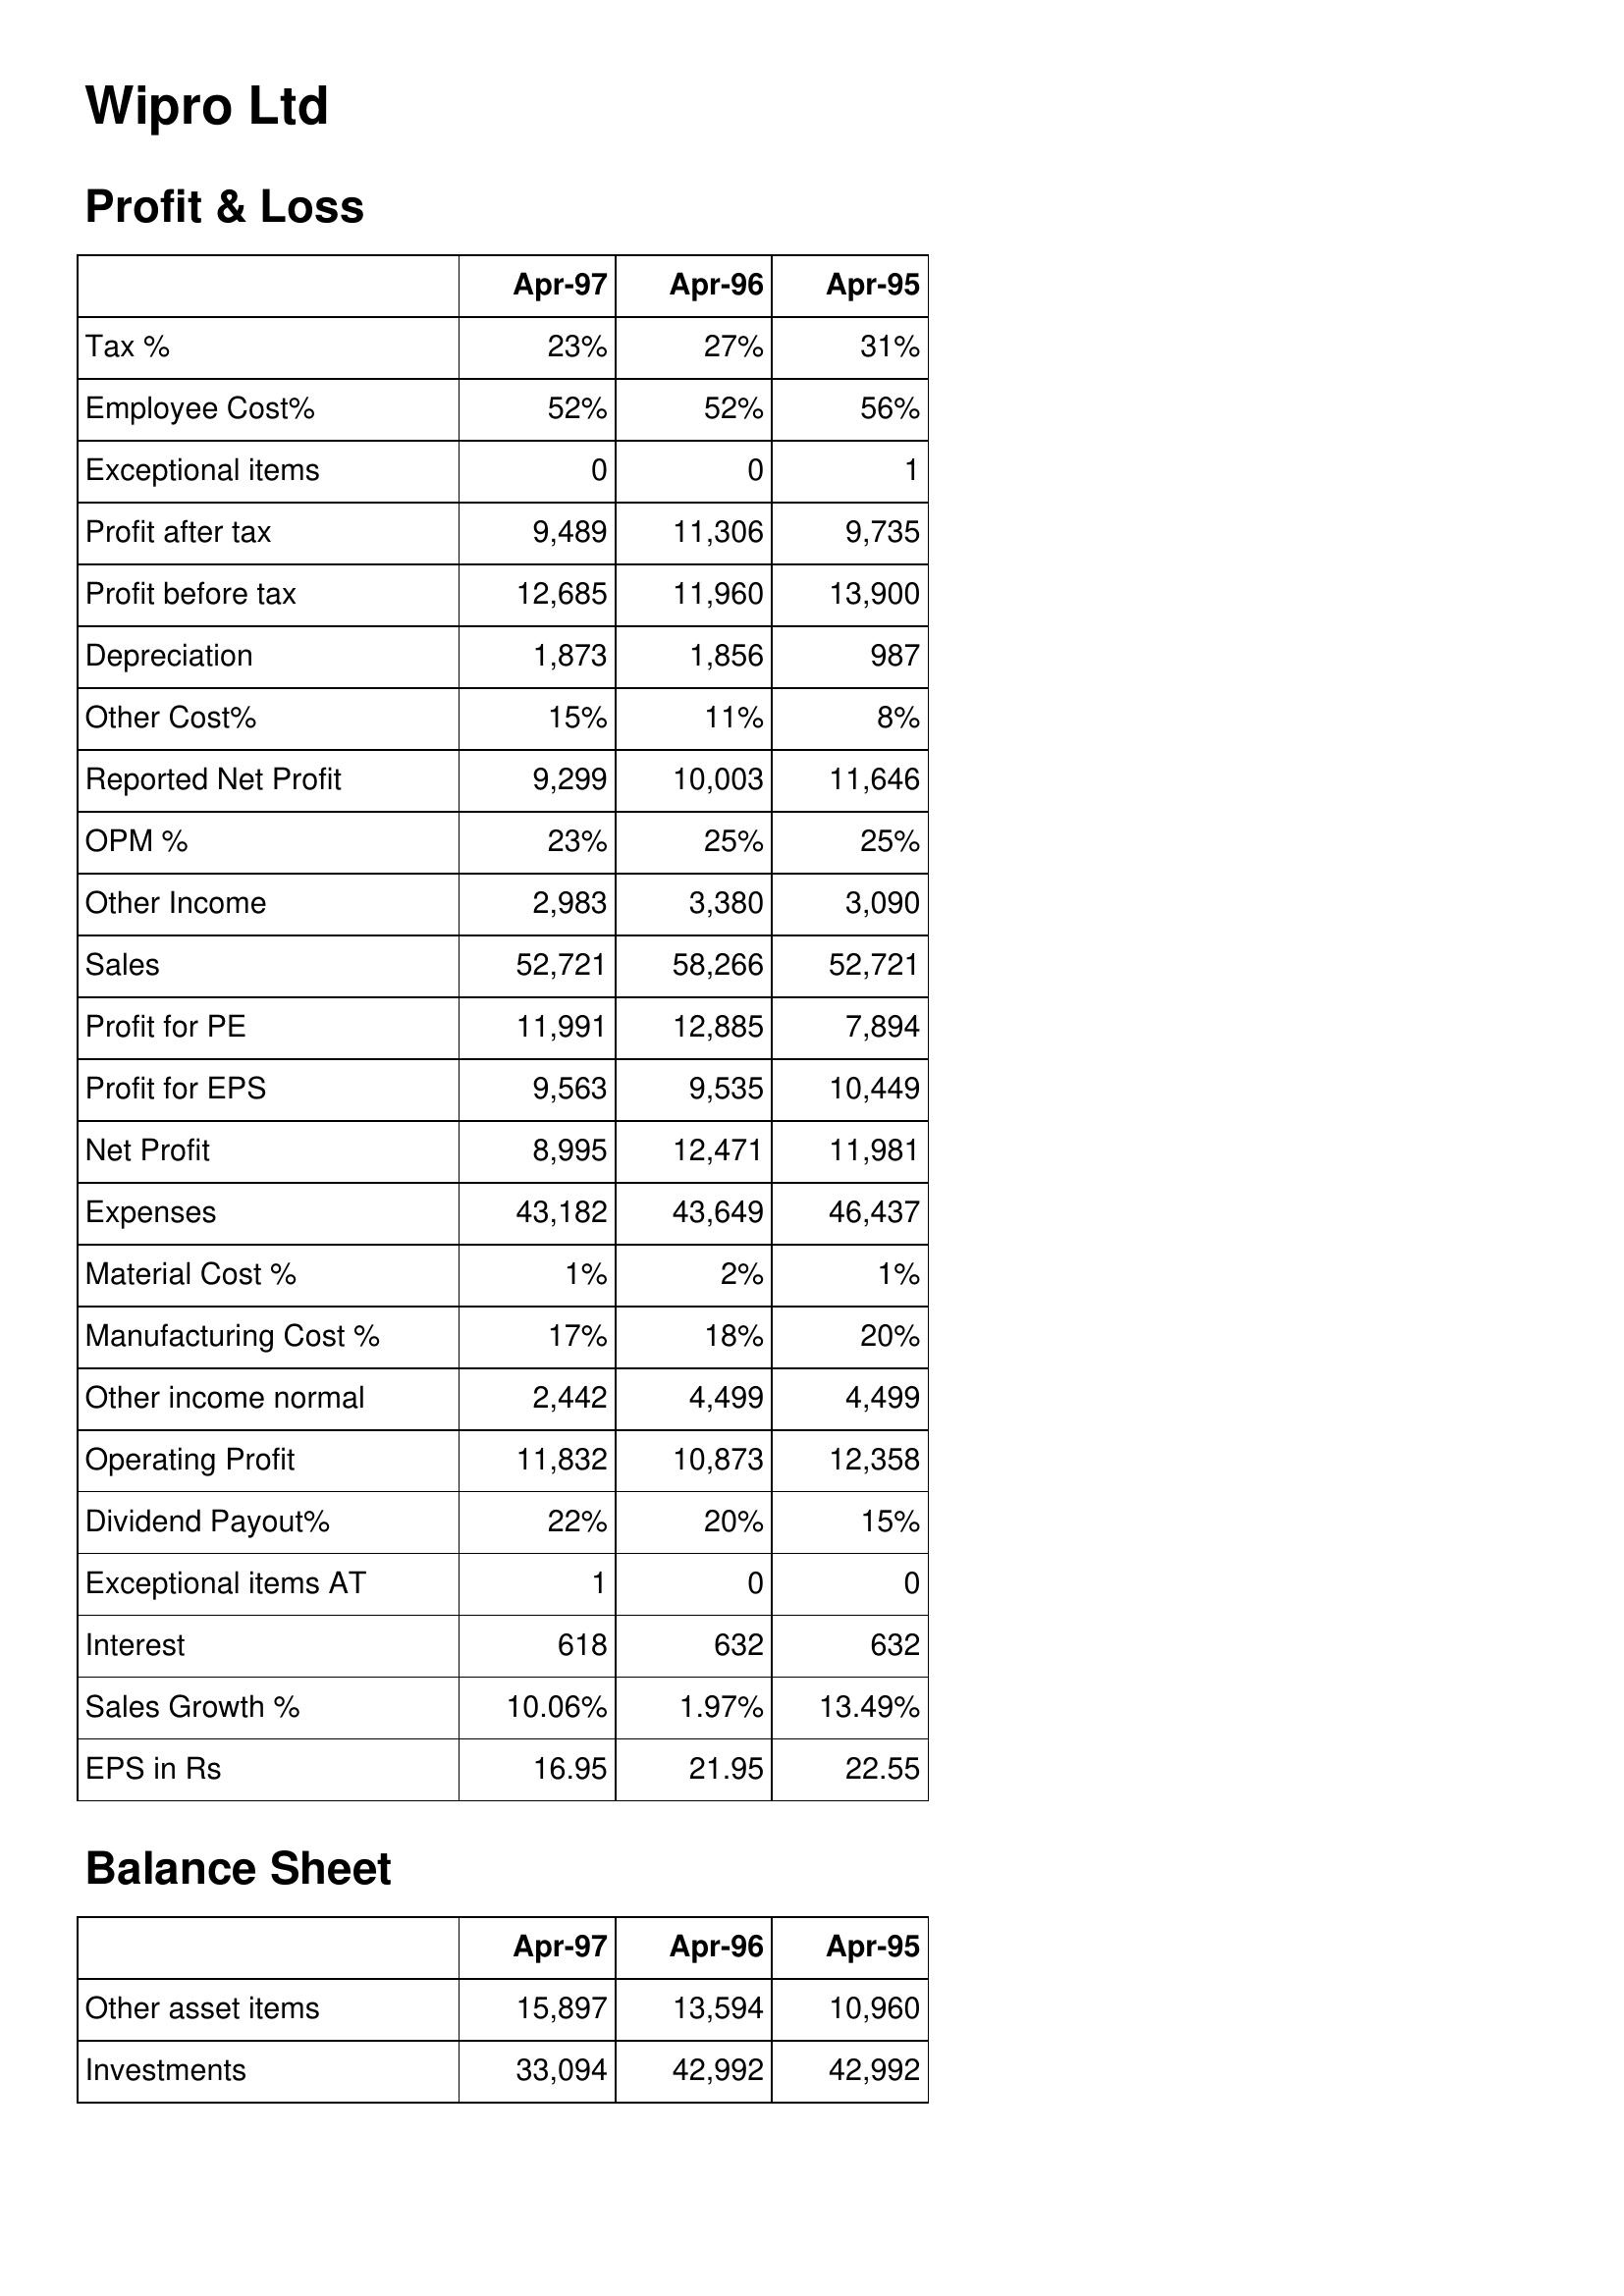
Apr-97: Profit & Loss: Tax %: 23%
Employee Cost%: 52%
Exceptional items: 0
Profit after tax: 9,489
Profit before tax: 12,685
Depreciation: 1,873
Other Cost%: 15%
Reported Net Profit: 9,299
OPM %: 23%
Other Income: 2,983
Sales: 52,721
Profit for PE: 11,991
Profit for EPS: 9,563
Net Profit: 8,995
Expenses: 43,182
Material Cost %: 1%
Manufacturing Cost %: 17%
Other income normal: 2,442
Operating Profit: 11,832
Dividend Payout%: 22%
Exceptional items AT: 1
Interest: 618
Sales Growth %: 10.06%
EPS in Rs: 16.95
Balance Sheet: Other asset items: 15,897
Investments: 33,094
Apr-96: Profit & Loss: Tax %: 27%
Employee Cost%: 52%
Exceptional items: 0
Profit after tax: 11,306
Profit before tax: 11,960
Depreciation: 1,856
Other Cost%: 11%
Reported Net Profit: 10,003
OPM %: 25%
Other Income: 3,380
Sales: 58,266
Profit for PE: 12,885
Profit for EPS: 9,535
Net Profit: 12,471
Expenses: 43,649
Material Cost %: 2%
Manufacturing Cost %: 18%
Other income normal: 4,499
Operating Profit: 10,873
Dividend Payout%: 20%
Exceptional items AT: 0
Interest: 632
Sales Growth %: 1.97%
EPS in Rs: 21.95
Balance Sheet: Other asset items: 13,594
Investments: 42,992
Apr-95: Profit & Loss: Tax %: 31%
Employee Cost%: 56%
Exceptional items: 1
Profit after tax: 9,735
Profit before tax: 13,900
Depreciation: 987
Other Cost%: 8%
Reported Net Profit: 11,646
OPM %: 25%
Other Income: 3,090
Sales: 52,721
Profit for PE: 7,894
Profit for EPS: 10,449
Net Profit: 11,981
Expenses: 46,437
Material Cost %: 1%
Manufacturing Cost %: 20%
Other income normal: 4,499
Operating Profit: 12,358
Dividend Payout%: 15%
Exceptional items AT: 0
Interest: 632
Sales Growth %: 13.49%
EPS in Rs: 22.55
Balance Sheet: Other asset items: 10,960
Investments: 42,992